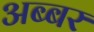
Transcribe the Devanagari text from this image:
अब्बर